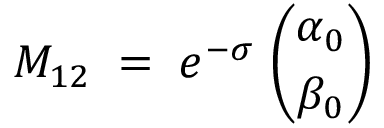
M _ { 1 2 } \; = \; e ^ { - \sigma } \; { \binom { \alpha _ { 0 } } { \beta _ { 0 } } }